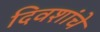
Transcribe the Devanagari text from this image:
दिवशांचे